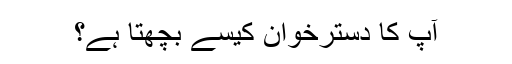
آپ کا دسترخوان کیسے بچھتا ہے؟